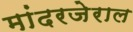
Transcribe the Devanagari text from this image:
मांदरजेराल